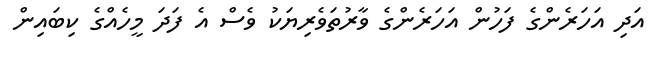
އަދި އަހަރެންގެ ފަހުން އަހަރެންގެ ވާރުތަވެރިޔަކު ވެސް އެ ފަދަ މީހެއްގެ ކިބައިން